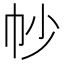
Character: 㠺